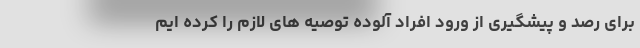
برای رصد و پیشگیری از ورود افراد آلوده توصیه های لازم را کرده‌ ایم